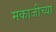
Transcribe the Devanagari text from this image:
मकाजीच्या